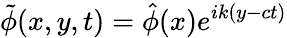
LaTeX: \tilde{\phi}(x,y,t)=\hat{\phi}(x)e^{ik(y-ct)}